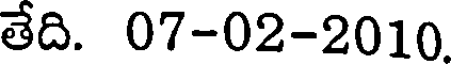
తేది. 07-02-2010